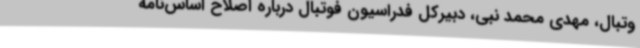
وتبال، مهدی محمد نبی، دبیرکل فدراسیون فوتبال درباره اصلاح اساس‌نامه